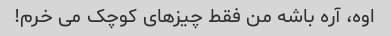
اوه، آره باشه من فقط چیزهای کوچک می خرم!